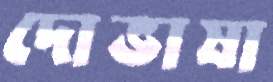
দোভাষা